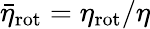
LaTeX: \bar{\eta}_{\mathrm{rot}}={\eta}_{\mathrm{rot}}/\eta